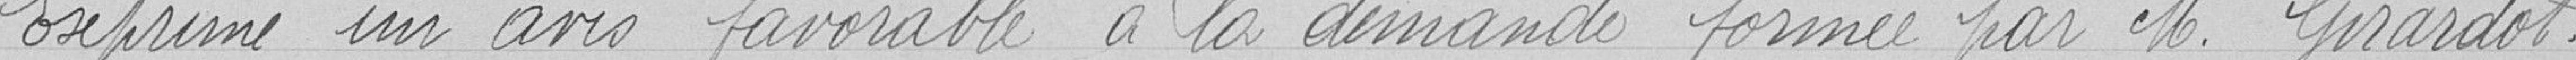
Exprime un avis favorable à la demande formée par Monsieur Girardot.